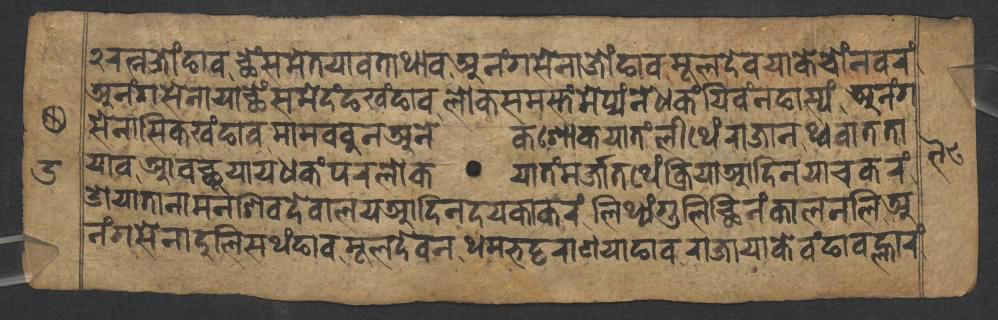
𑑒𑐬𑐟𑑂𑐣𑐖𑑀𑑄𑐒𑐵𑐰𑐕𑐾𑑄𑐳𑐩𑐾𑐟𑐫𑐵𑐰𑐟𑐵𑐠𑐵𑐰𑐀𑐣𑑄𑐐𑐳𑐾𑐣𑐵𑐖𑑀𑑄𑐒𑐵𑐰𑐩𑐹𑐮𑐡𑐾𑐰𑐫𑐵𑐎𑐾𑐔𑑀𑑄𑐣𑐰𑐬𑑄 𑐀𑐣𑑄𑐐𑐳𑐾𑐣𑐵𑐫𑐵𑐕𑐾𑑄𑐳𑐩𑐾𑐡𑑄𑐒𑐏𑑄𑐒𑐵𑐰𑐮𑑀𑐎𑐳𑐩𑐳𑑂𑐟𑑄𑐩𑐾𑐥𑑂𑐫𑑄𑐣𑐾𑐢𑐎𑑄𑐫𑐶𑐰𑑄𑐣𑐒𑐵𑐳𑑂𑐫𑑄𑐀𑐣𑑄𑐐 𑐳𑐾𑐣𑐵𑐳𑐶𑐎𑐏𑑄𑐒𑐵𑐰𑐩𑐵𑐩𑐧𑐧𑐸𑐣𑐀𑐣𑐾𑐎𑐱𑑀𑐎𑐫𑐵𑐟𑑄𑐮𑐷𑐠𑐾𑑄𑐬𑐵𑐖𑐵𑐣𑐠𑑂𑐰𑐰𑐵𑐟𑐟𑐵 𑐫𑐵𑐰𑐁𑐰𑐕𑐹𑐫𑐵𑐫𑐢𑐎𑑄𑐥𑐬𑐮𑑀𑐎𑐫𑐵𑐟𑑄𑐩𑐬𑑂𑐖𑐵𑐟𑐠𑐾𑑄𑐎𑑂𑐬𑐶𑐫𑐵𑐁𑐡𑐶𑐣𑐫𑐵𑐔𑐎𑐬𑑄 𑐌𑐫𑐵𑐟𑐵𑐣𑐵𑐩𑐣𑐱𑐶𑐰𑐡𑐾𑐰𑐵𑐮𑐫𑐁𑐡𑐶𑐣𑐡𑐫𑐎𑐵𑐎𑐬𑑄𑐮𑐶𑐠𑑂𑐫𑑄𑐐𑐸𑐮𑐶𑐕𑐶𑐣𑑄𑐎𑐵𑐮𑐣𑐮𑐶𑐀 𑐣𑑄𑐐𑐳𑐾𑐣𑐵𑐡𑐸𑐮𑐶𑐳𑐠𑑄𑐒𑐵𑐰𑐩𑐹𑐮𑐡𑐾𑐰𑐣𑐠𑐩𑐨𑐚𑑂𑐚𑐬𑐵𑐞𑐫𑐵𑐒𑐵𑐰𑐬𑐵𑐖𑐵𑐫𑐵𑐎𑐾𑐰𑑄𑐒𑐵𑐰𑐮𑑂𑐴𑐵𑐬𑑄